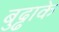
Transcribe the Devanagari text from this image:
बुढ्ढाके